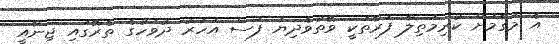
އެ މަގާމަށް ކުރިމަތިލާ ފަރާތަކީ ވޭތުވެދިޔަ ފަސް އަހަރު ދުވަހުގެ ތެރޭގައި ޖިނާއީ